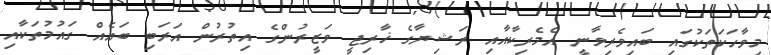
މިވާހަކަތަކުގައި ބައިވެރިވާނީ އެމެރިކާއާއި ރަޝިޔާގެ ޚާރިޖީ ވަޒީރުންގެ އިތުރުން އަރަބި ބައެއް ގައުމުތަކާއި